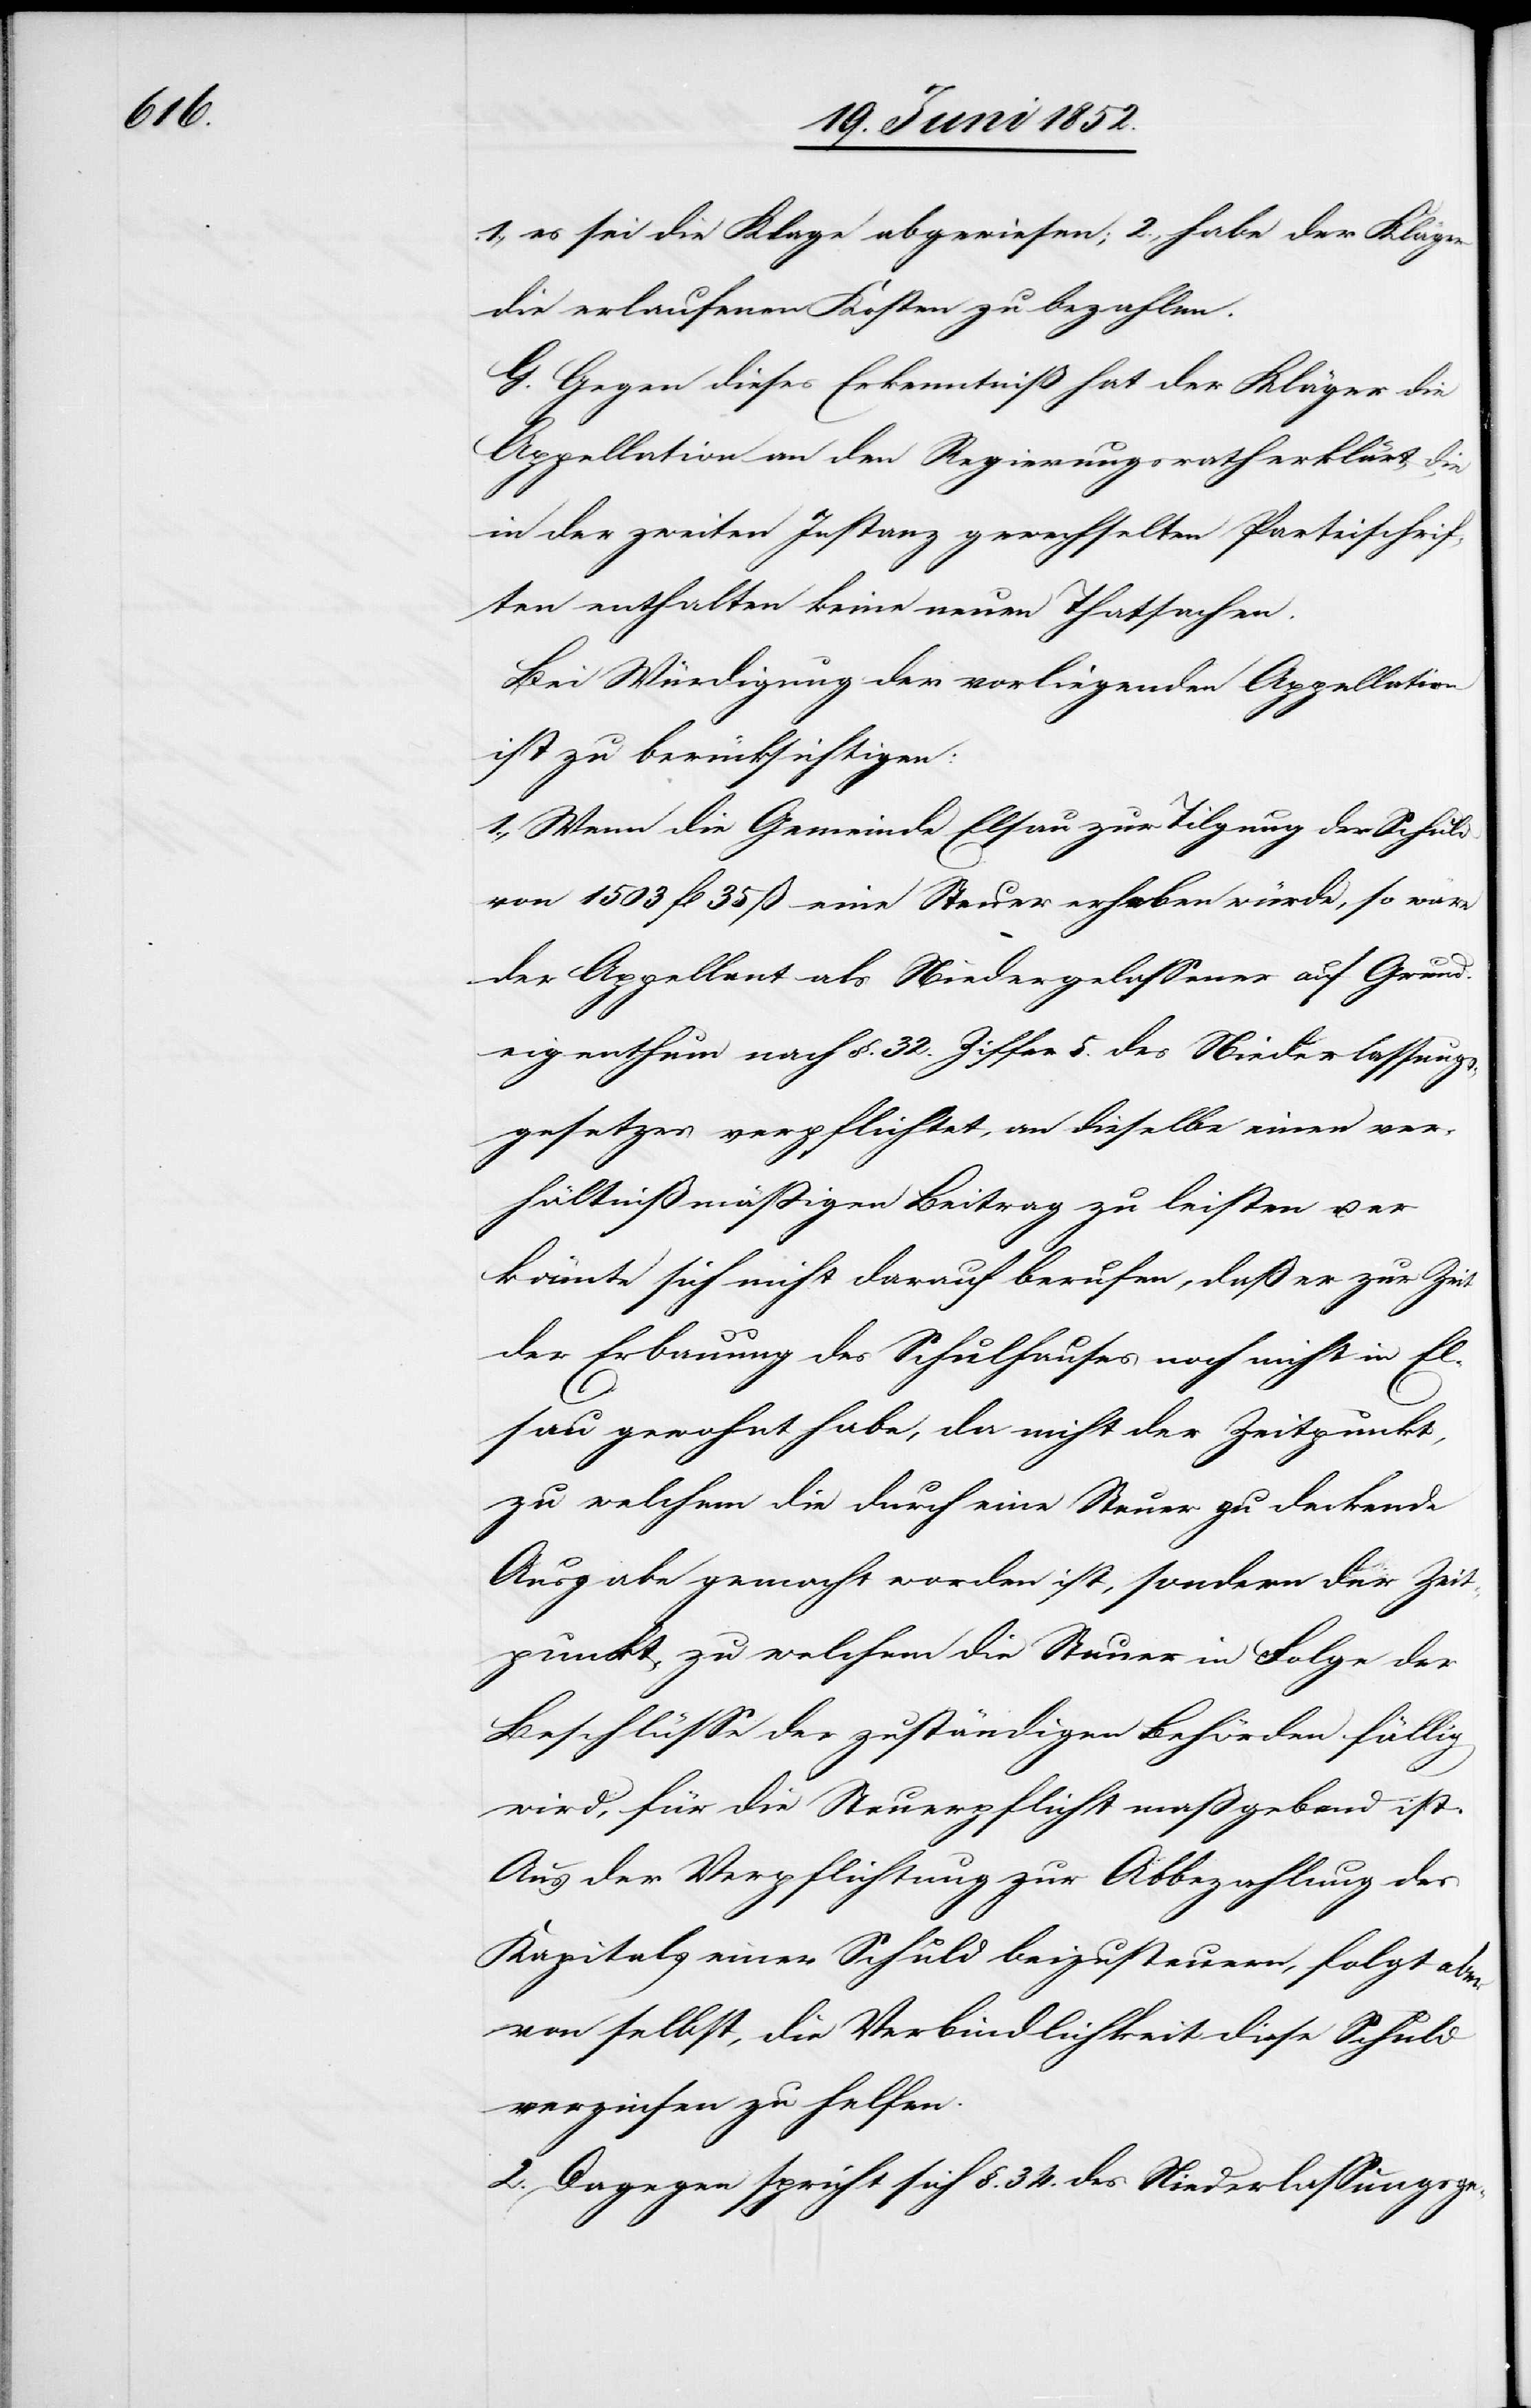
1., es sei die Klage abgewiesen; 2., habe der Kläger
die erlaufenen Kosten zu bezahlen.
G. Gegen dieses Erkenntniß hat der Kläger die
Appellation an den Regierungsrath erklärt, die
in der zweiten Instanz gewechselten Parteischrif¬
ten enthalten keine neuen Thatsachen.
Bei Würdigung der vorliegenden Appellation
ist zu berücksichtigen:
1., Wenn die Gemeinde Elsau zur Tilgung der Schuld
von 1503 fl 35 ß eine Steuer erheben würde, so wäre
der Appellant als Niedergelassener auf Grund¬
eigenthum nach §. 32. Ziffer 5. des Niederlassungs¬
gesetzes verpflichtet, an dieselbe einen ver¬
hältnißmässigen Beitrag zu leisten u. er
könnte sich nicht darauf berufen, dass er zur Zeit
der Erbauung des Schulhauses noch nicht in El¬
sau gewohnt habe, da nicht der Zeitpunkt,
zu welchem die durch eine Steuer zu deckende
Ausgabe gemacht worden ist, sondern der Zeit¬
punkt, zu welchem die Steuer in Folge der
Beschlüsse der zuständigen Behörden fällig
wird, für die Steuerpflicht maßgebend ist.
Aus der Verpflichtung zur Abbezahlung des
Kapitals einer Schuld beizusteuern, folgt aber
von selbst, die Verbindlichkeit diese Schuld
verzinsen zu helfen.
2. Dagegen spricht sich §. 34. des Niederlassungsge-